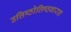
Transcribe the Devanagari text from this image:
उत्तिष्ठोत्तिष्ठवाराह